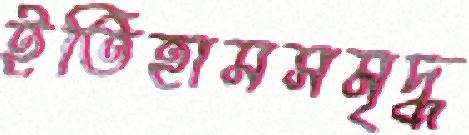
ইতিহাসসমৃদ্ধ